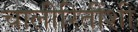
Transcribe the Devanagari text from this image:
चालीरितींशी